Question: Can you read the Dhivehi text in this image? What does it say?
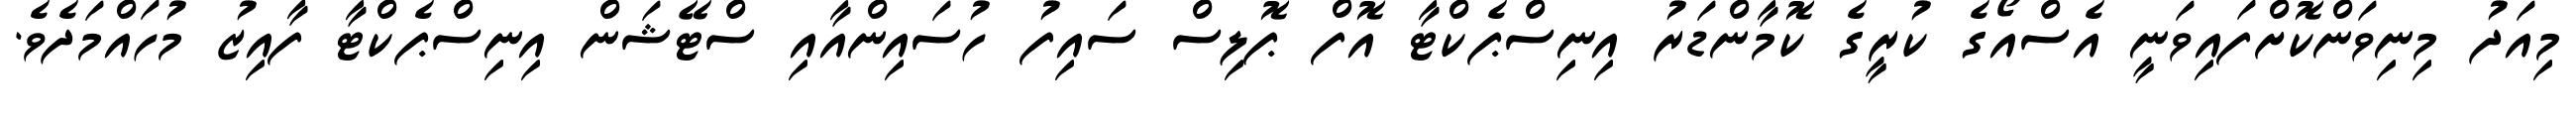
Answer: މިއަދު މިނިވަންކޮށްފައިވަނީ އެސްއޯގެ ކުރީގެ ކޮމާންޑަރު އިނިސްޕެކްޓާ އޮފް ޕޮލިސް ސައިފު ހުސައިންއާއި ސްޓޭޝަން އިނިސްޕެކްޓާ ފާއިޒު މުހައްމަދެވެ.